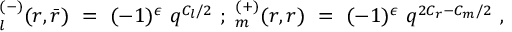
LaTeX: \l _ { l } ^ { ( - ) } ( r , \bar { r } ) ~ = ~ ( - 1 ) ^ { \epsilon } ~ q ^ { C _ { l } / 2 } ~ ; ~ \l _ { m } ^ { ( + ) } ( r , r ) ~ = ~ ( - 1 ) ^ { \epsilon } ~ q ^ { 2 C _ { r } - C _ { m } / 2 } ~ ,